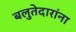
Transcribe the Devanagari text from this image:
बलुतेदारांना